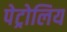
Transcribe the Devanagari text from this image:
पेट्रोलिय